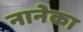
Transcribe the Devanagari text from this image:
नानेका